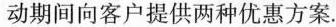
动期间向客户提供两种优惠方案。